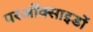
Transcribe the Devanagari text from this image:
परऑक्साइडों